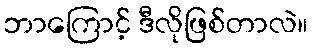
ဘာကြောင့် ဒီလိုဖြစ်တာလဲ။